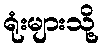
ရုံးများသို့